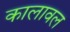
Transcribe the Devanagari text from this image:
कालावल